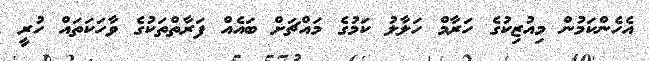
އެހެންކަމުން މިއުޒިކުގެ ހަރާމް ހަލާލު ކަމުގެ މައްޗަށް ބައެއް ފަރާތްތަކުގެ ވާހަކަތައް ހުރީ